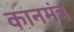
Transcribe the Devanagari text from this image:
कानमंत्र